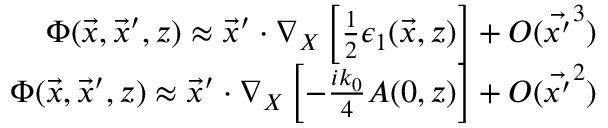
\begin{array} { r } { \Phi ( \vec { x } , \vec { x } ^ { \prime } , z ) \approx \vec { x } ^ { \prime } \cdot \nabla _ { X } \left[ \frac { 1 } { 2 } \epsilon _ { 1 } ( \vec { x } , z ) \right] + O ( \vec { x ^ { \prime } } ^ { 3 } ) } \\ { \Phi ( \vec { x } , \vec { x } ^ { \prime } , z ) \approx \vec { x } ^ { \prime } \cdot \nabla _ { X } \left[ - \frac { i k _ { 0 } } { 4 } A ( 0 , z ) \right] + O ( \vec { x ^ { \prime } } ^ { 2 } ) } \end{array}